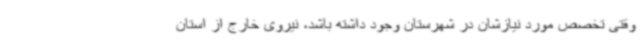
وقتی تخصص مورد نیازشان در شهرستان وجود داشته باشد، نیروی خارج از استان